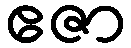
ဧဇာ